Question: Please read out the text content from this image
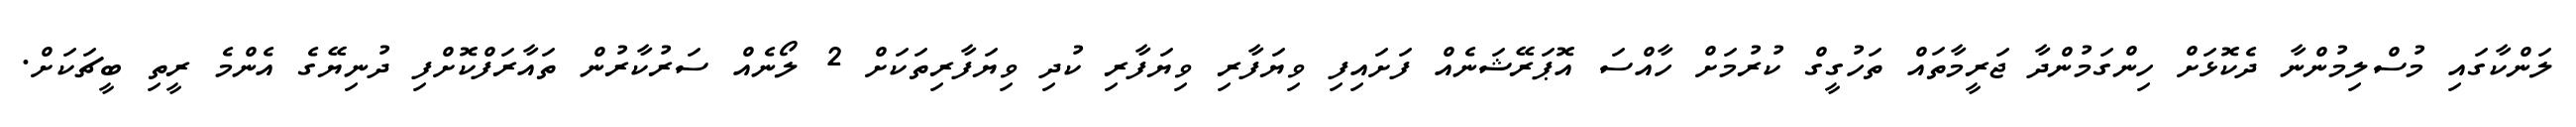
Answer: ލަންކާގައި މުސްލިމުންނާ ދެކޮޅަށް ހިންގަމުންދާ ޖަރީމާތައް ތަހުގީގް ކުރުމަށް ހާއްސަ އޮޕަރޭޝަނެއް ފަށައިފި ވިޔަފާރި ވިޔަފާރި ކުދި ވިޔަފާރިތަކަށް 2 ލޯނެއް ސަރުކާރުން ތައާރަފްކޮށްފި ދުނިޔޭގެ އެންމެ ރީތި ބީޗަކަށް.